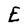
Character: E